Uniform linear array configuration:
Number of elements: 12
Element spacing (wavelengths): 1
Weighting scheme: kaiser
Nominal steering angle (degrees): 60
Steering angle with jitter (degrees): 59.717
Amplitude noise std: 0.05
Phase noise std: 0.05

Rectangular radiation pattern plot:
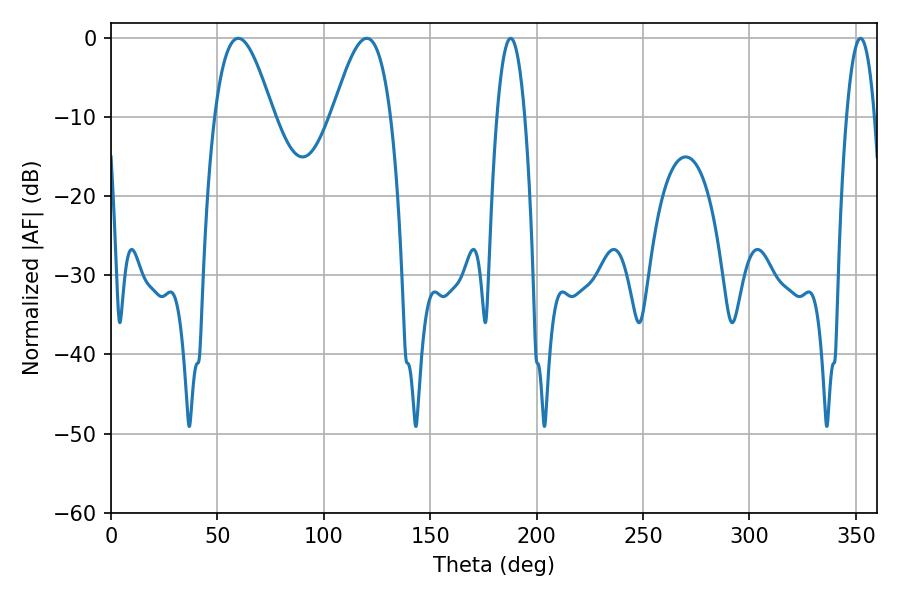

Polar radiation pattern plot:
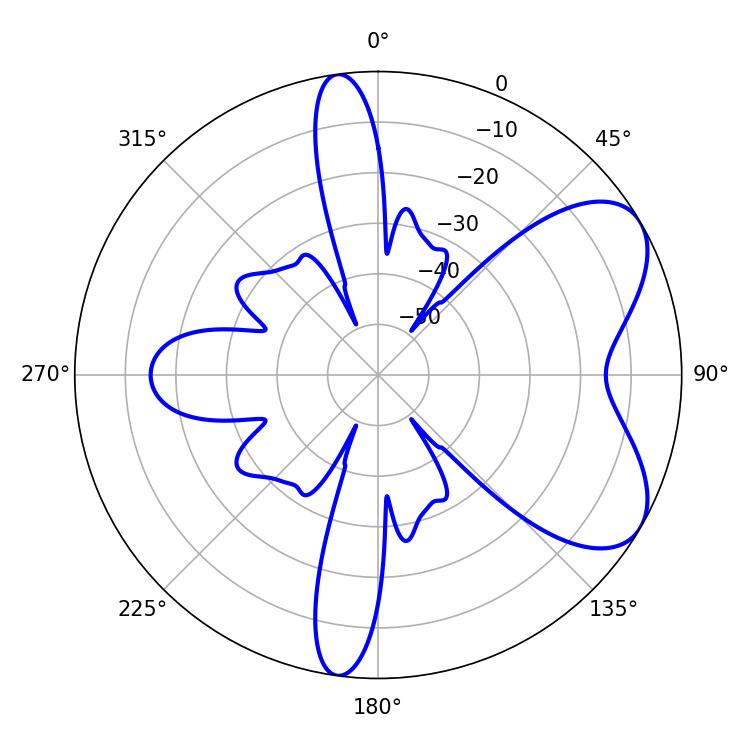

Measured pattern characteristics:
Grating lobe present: TRUE
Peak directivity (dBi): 6.382
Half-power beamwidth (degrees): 14.76
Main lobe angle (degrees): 120.24